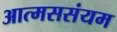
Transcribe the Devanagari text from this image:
आत्मससंयम